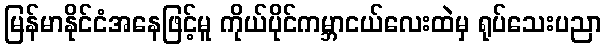
မြန်မာနိုင်ငံအနေဖြင့်မူ ကိုယ်ပိုင်ကမ္ဘာငယ်လေးထဲမှ ရုပ်သေးပညာ